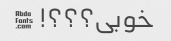
خوبی؟؟؟! �